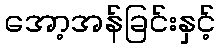
အော့အန်ခြင်းနှင့်